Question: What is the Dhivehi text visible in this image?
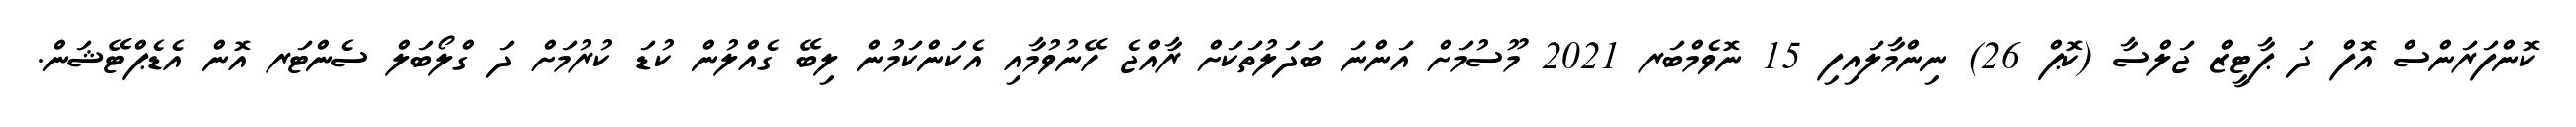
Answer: ކޮންފަރަންސް އޮފް ދަ ޕާޓީޒް ޖަލްސާ (ކޮޕް 26) ނިންމާލައިފި 15 ނޮވެމްބަރ 2021 މޫސުމަށް އަންނަ ބަދަލުތަކަށް ރާއްޖެ ހޭނުވުމާއި އެކަންކަމުން ލިބޭ ގެއްލުން ކުޑަ ކުރުމަށް ދަ ގްލޯބަލް ސެންޓަރ އޮން އެޑެޕްޓޭޝަން.